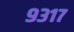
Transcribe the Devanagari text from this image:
९३१७